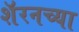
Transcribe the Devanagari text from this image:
शॅरनच्या